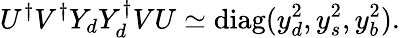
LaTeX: U^{\dagger}V^{\dagger}Y_{d}Y_{d}^{\dagger}VU\simeq\mathrm{diag}(y_{d}^{2},y_{s}^{2},y_{b}^{2}).